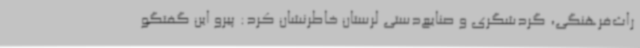
راث‌فرهنگی، گردشگری و صنایع‌دستی لرستان خاطرنشان کرد: پیرو این گفتگو